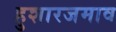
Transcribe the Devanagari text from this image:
हुशारजमाव